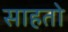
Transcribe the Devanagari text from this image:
साहतो